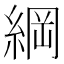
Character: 綱